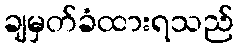
ချမှတ်ခံထားရသည်